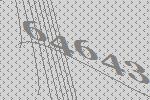
64643